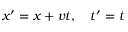
x ^ { \prime } = x + v t , \quad t ^ { \prime } = t